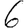
Digit: 6